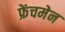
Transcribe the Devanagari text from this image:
फ्रेंचमेन